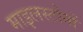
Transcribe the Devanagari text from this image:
माइलस्टोनों